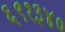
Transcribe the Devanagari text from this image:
६९१३४०